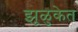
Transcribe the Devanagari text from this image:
झूळुकेत